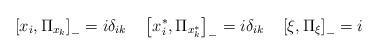
LaTeX: \begin{align*}\left[ x_{i},\Pi _{x_{k}}\right] _{-}=i\delta _{ik}\quad \left[x^{*}_{i},\Pi _{x_{k}^{*}}\right] _{-}=i\delta _{ik}\quad \left[ \xi ,\Pi_{\xi }\right] _{-}=i\end{align*}